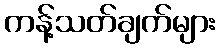
ကန့်သတ်ချက်များ